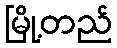
မြို့တည်